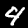
Digit: 4